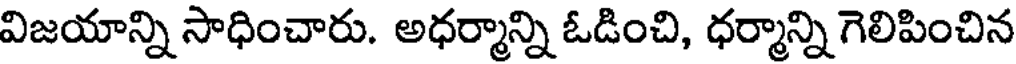
విజయాన్ని సాధించారు. అధర్మాన్ని ఓడించి, ధర్మాన్ని గెలిపించిన